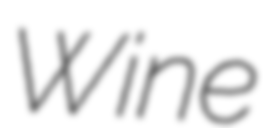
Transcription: Wine